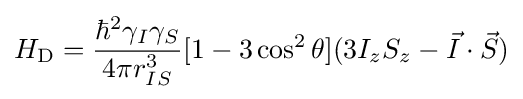
H_{\mathrm {D} }={\frac {\hbar ^{2}\gamma _{I}\gamma _{S}}{4\pi r_{IS}^{3}}}[1-3\cos ^{2}\theta ](3I_{z}S_{z}-{\vec {I}}\cdot {\vec {S}})